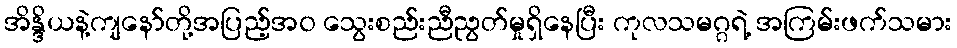
အိန္ဒိယနဲ့ကျနော်တို့အပြည့်အ၀ သွေးစည်းညီညွတ်မှုရှိနေပြီး ကုလသမဂ္ဂရဲ့ အကြမ်းဖက်သမား